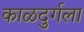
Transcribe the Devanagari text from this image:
काळदुर्गला